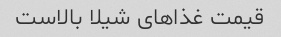
قیمت غذاهای شیلا بالاست